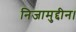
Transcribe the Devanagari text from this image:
निजामुद्दीन।